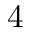
4